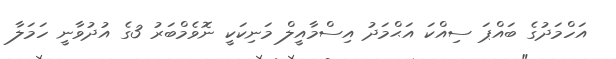
އަހްމަދުގެ ބައްޕަ ސިއްކަ އަޙްމަދު އިސްމާއީލް މަނިކަކީ ނޮވެމްބަރު 3ގެ އުދުވާނީ ހަމަލާ